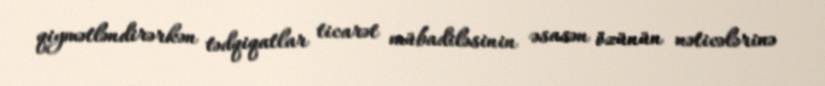
qiymətləndirərkən tədqiqatlar ticarət mübadiləsinin əsasən özünün nəticələrinə